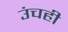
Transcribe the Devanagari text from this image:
उंचही